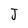
Character: J